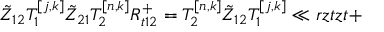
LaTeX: \tilde { Z } _ { 1 2 } T _ { 1 } ^ { [ j , k ] } \tilde { Z } _ { 2 1 } T _ { 2 } ^ { [ n , k ] } { R } _ { t 1 2 } ^ { + } = T _ { 2 } ^ { [ n , k ] } \tilde { Z } _ { 1 2 } T _ { 1 } ^ { [ j , k ] } \ll { r z t z t + }